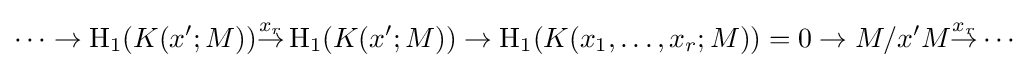
\cdots \to \operatorname {H} _{1}(K(x';M)){\overset {x_{r}}{\to }}\operatorname {H} _{1}(K(x';M))\to \operatorname {H} _{1}(K(x_{1},\dots ,x_{r};M))=0\to M/x'M{\overset {x_{r}}{\to }}\cdots